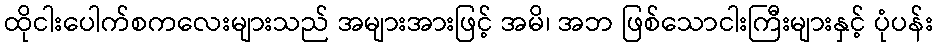
ထိုငါးပေါက်စကလေးများသည် အများအားဖြင့် အမိ၊ အဘ ဖြစ်သောငါးကြီးများနှင့် ပုံပန်း